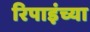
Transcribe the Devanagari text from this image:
रिपाइंच्या